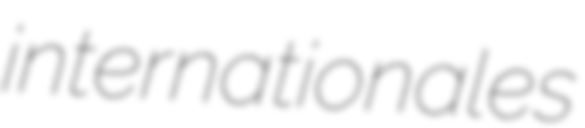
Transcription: internationales